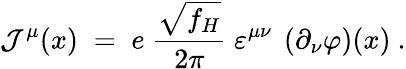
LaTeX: {\mathcal J}^{\mu}(x)\; =\; e~\frac{\sqrt{f_{H}}}{2\pi}~\varepsilon^{\mu\nu}~\left(\partial_{\nu}\varphi\right)(x)~.